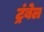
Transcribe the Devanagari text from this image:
ट्रंबेल